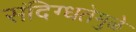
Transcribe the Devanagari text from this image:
संदिग्धतेमुळे